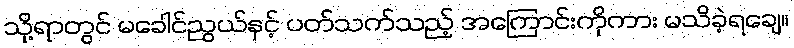
သို့ရာတွင် မခေါင်ညွယ်နှင့် ပတ်သက်သည့် အကြောင်းကိုကား မသိခဲ့ရချေ။